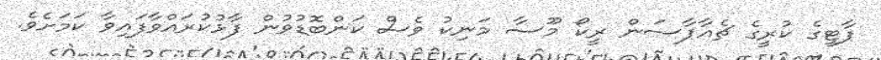
ޕާޓީގެ ކުރީގެ ޗެއާޕާސަން ރީކޯ މޫސާ މަނިކު ވެސް ކަންބޮޑުވުން ފާޅުކުރައްވާފައިވާ ކަމަށެވެ.